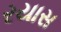
રયાસ